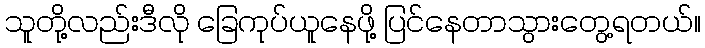
သူတို့လည်းဒီလို ခြေကုပ်ယူနေဖို့ ပြင်နေတာသွားတွေ့ရတယ်။